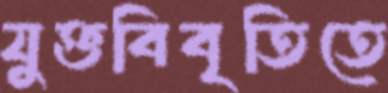
যুক্তবিবৃতিতে